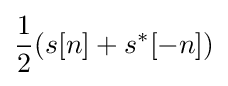
{\frac {1}{2}}(s[n]+s^{*}[-n])